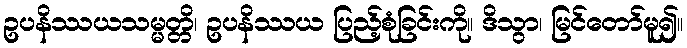
ဥပနိဿယသမ္မတ္တိ၊ ဥပနိဿယ ပြည့်စုံခြင်းကို။ ဒိသွာ၊ မြင်တော်မူ၍။